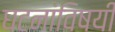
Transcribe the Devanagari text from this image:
घटनांविषयी